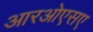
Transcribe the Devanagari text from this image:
आरओएसए